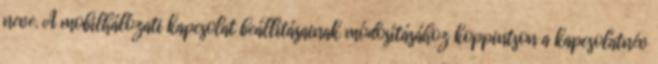
neve. A mobilhálózati kapcsolat beállításainak módosításához koppintson a kapcsolatnév